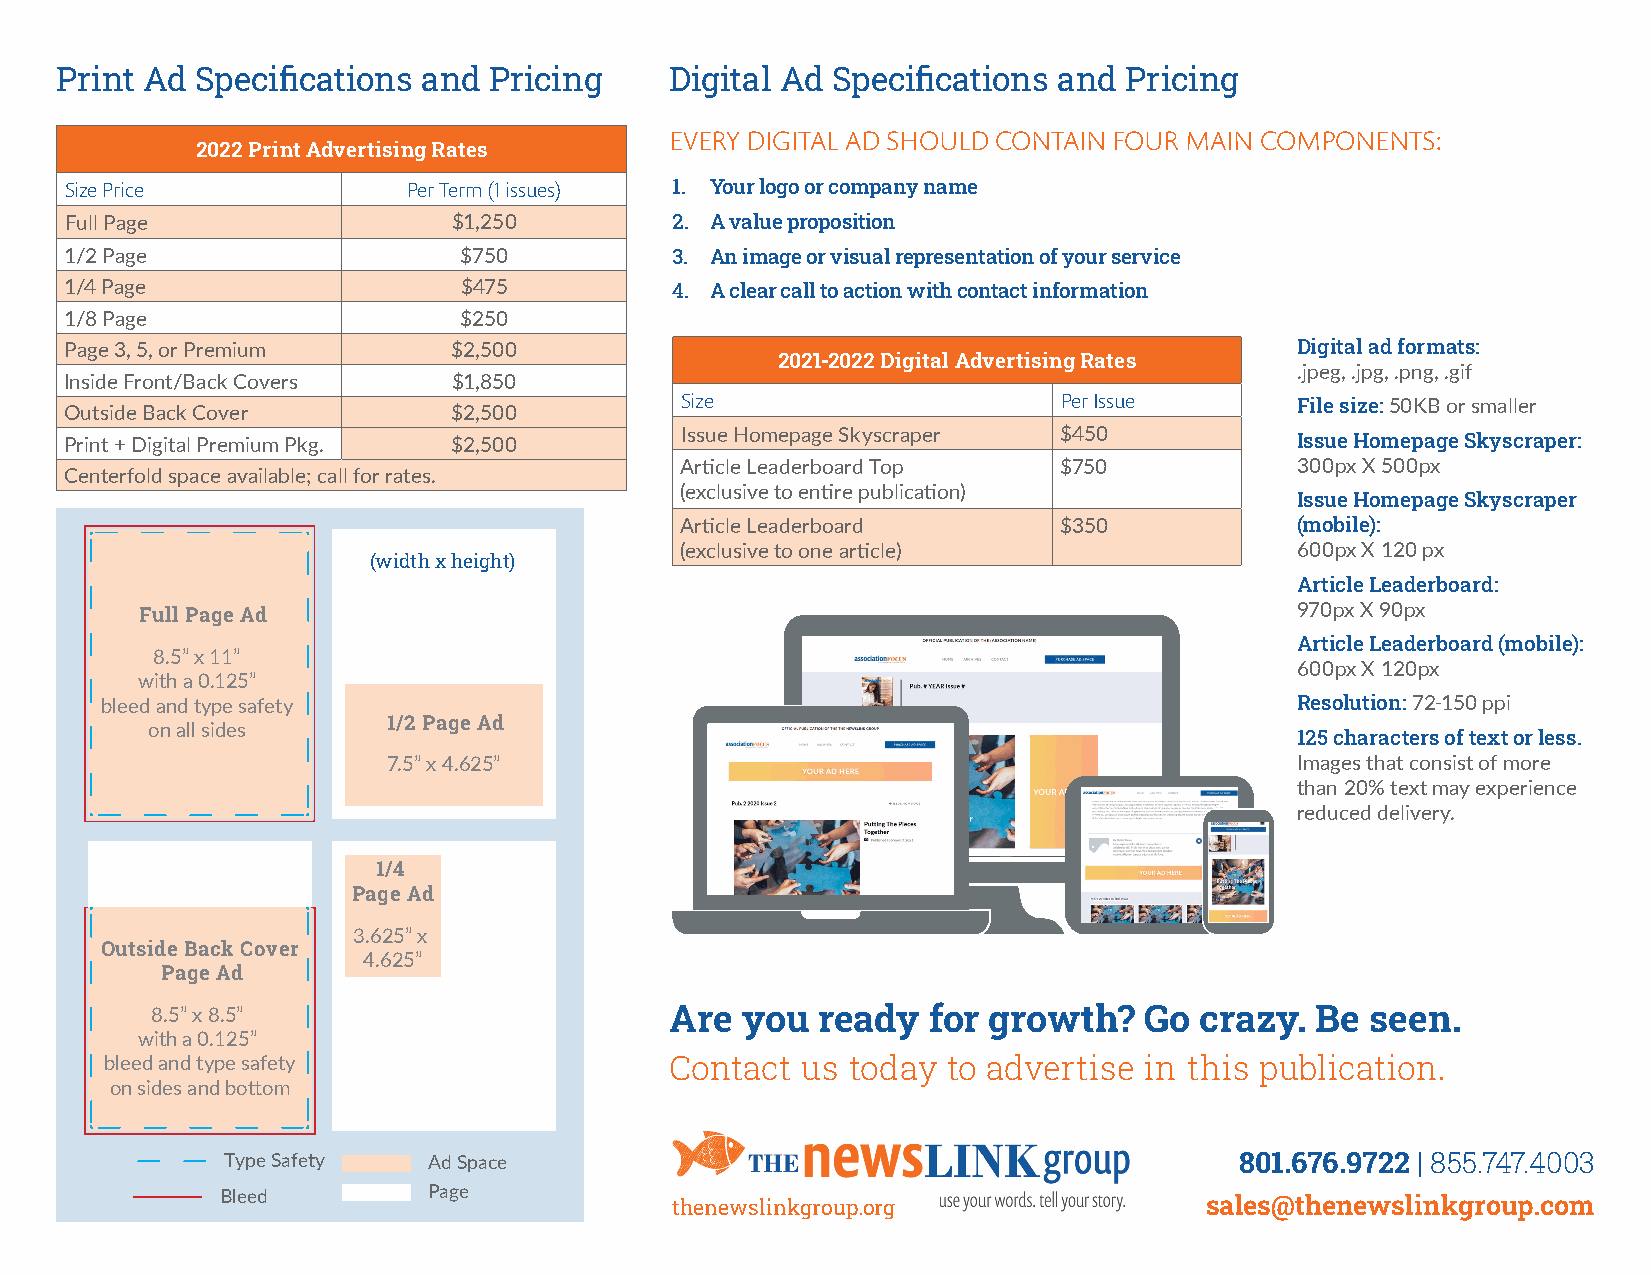
Print Ad Specifications and Pricing     Digital Ad Specifications and Pricing
 EVERY DIGITAL AD SHOULD CONTAIN FOUR MAIN COMPONENTS:
 2022 Print Advertising Rates
 Size Price             Per Term (1 issues) 1. Your logo or company name
 Full Page                 $1,250        2. A value proposition
 1/2 Page                  $750          3. An image or visual representation of your service
 1/4 Page                  $475          4. A clear call to action with contact information
 1/8 Page                  $250
 Page 3, 5, or Premium     $2,500                                                  Digital ad formats:
 2021-2022 Digital Advertising Rates
 .jpeg, .jpg, .png, .gif
 Inside Front/Back Covers  $1,850
 Size                     Per Issue       File size: 50KB or smaller
 Outside Back Cover        $2,500
 Print + Digital Premium Pkg. $2,500
 Issue Homepage Skyscraper $450
 Issue Homepage Skyscraper:
 Article Leaderboard Top  $750            300px X 500px
 Centerfold space available; call for rates.
 (exclusive to entire publication)
 Issue Homepage Skyscraper
 Article Leaderboard      $350            (mobile):
 (exclusive to one article)               600px X 120 px
 (width x height)
 Article Leaderboard:
 970px X 90px
 Full Page Ad
 Article Leaderboard (mobile):
 8.5” x 11”
 600px X 120px
 with a 0.125”
 bleed and type safety                                                          Resolution: 72-150 ppi
 1/2 Page Ad
 on all sides
 125 characters of text or less.
 7.5” x 4.625”                                               Images that consist of more
 than 20% text may experience
 reduced delivery.
 1/4
 Page Ad
 3.625” x
 Outside Back Cover
 4.625”
 Page Ad
 8.5” x 8.5”                       Are  you  ready  for growth?    Go crazy.  Be  seen.
 with a 0.125”
 bleed and type safety                Contact  us today  to advertise in this publication.
 on sides and bottom
 Type Safety  Ad Space                                              801.676.9722 | 855.747.4003
 Bleed        Page
 thenewslinkgroup.org                sales@thenewslinkgroup.com